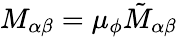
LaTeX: M_{\alpha\beta}=\mu_{\phi}\tilde{M}_{\alpha\beta}